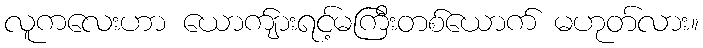
လူကလေးဟာ ယောက်ျားရင့်မကြီးတစ်ယောက် မဟုတ်လား။